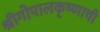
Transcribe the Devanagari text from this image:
श्रीगोपालकृष्णाची